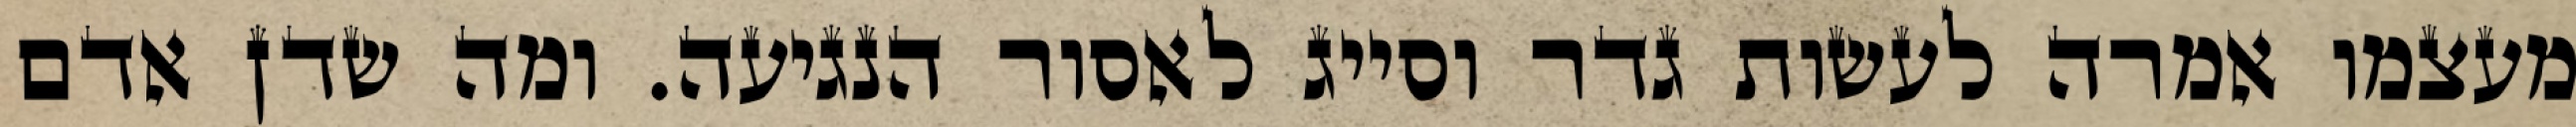
מעצמו אמרה לעשות גדר וסייג לאסור הנגיעה. ומה שדן אדם